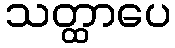
သတ္ထာပေ